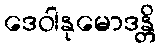
ဒေဝါနုမောဒန္တိ